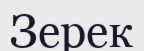
Зерек